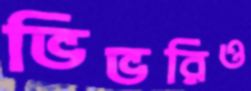
ভিভরিও